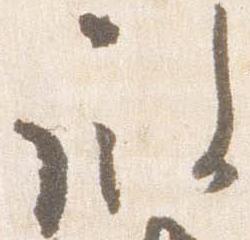
殿